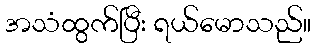
အသံထွက်ပြီး ရယ်မောသည်။